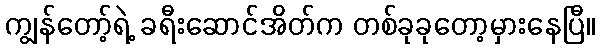
ကျွန်တော့်ရဲ့ ခရီးဆောင်အိတ်က တစ်ခုခုတော့မှားနေပြီ။